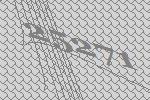
25271